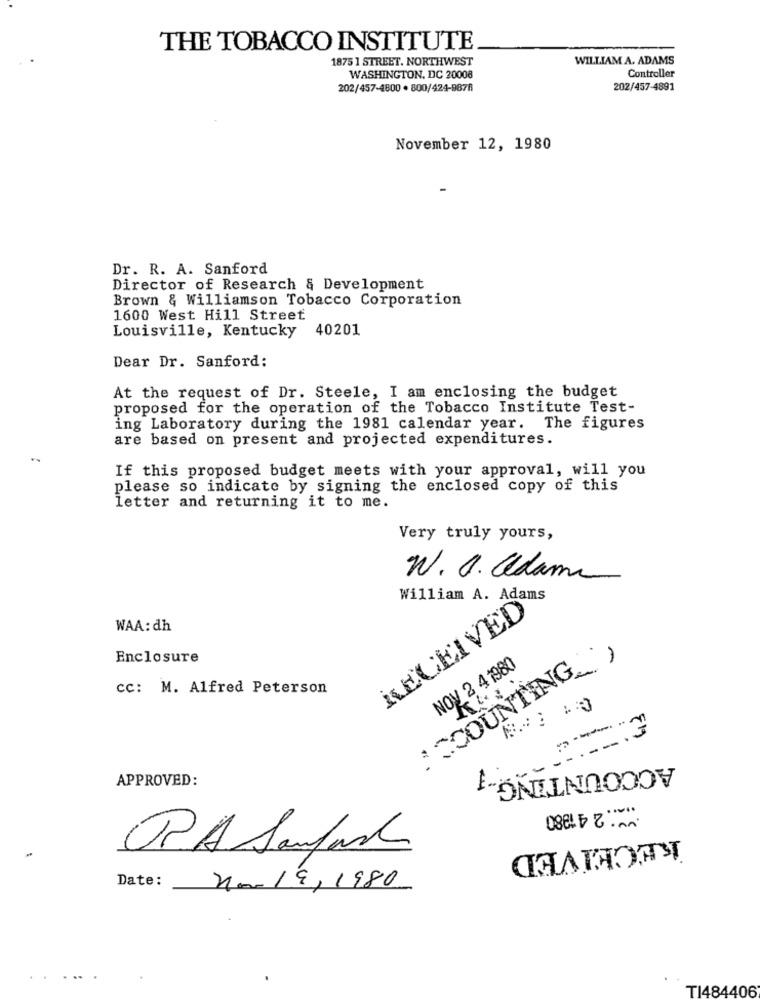
THE TOBACCO INSTITUTE
1875 1 STREET. NORTHWEST
WILLIAM A. ADAMS
WASHINGTON, DC 20008
Controller
202/457-4800 · 800/424-9678
202/457-4891
November 12, 1980
Dr. R. A. Sanford
Director of Research & Development
Brown & Williamson Tobacco Corporation
1600 West Hill Street
Louisville, Kentucky
40201
Dear Dr. Sanford:
At the request of Dr. Steele, I am enclosing the budget
proposed for the operation of the Tobacco Institute Test-
ing Laboratory during the 1981 calendar year. The figures
are based on present and projected expenditures.
If this proposed budget meets with your approval, will you
please so indicate by signing the enclosed copy of this
letter and returning it to me.
Very truly yours,
W. G. adam
William A. Adams
RECEIVED
WAA: dh
ACCOUNTING_ )
Enclosure
NOV 2 4 1980
cc: M. Alfred Peterson
ACCOUNTING-1
APPROVED:
RPA Samfast
RECEIVED
Date:
non 19, 1980
TI484406